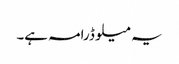
یہ میلو ڈرامہ ہے۔